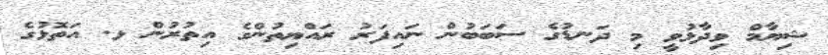
ޝިޔާމް ވިދާޅުވީ މި ދަނޑުގެ ސަބަބުން ނައިފަރު ރައްޔިތުންގެ އިތުރުން ޅ. އަތޮޅުގެ